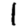
Digit: 1